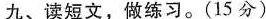
九、读短文，做练习。(15分)